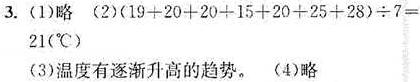
3. (1)略  (2)$(19 + 20 + 20 + 15 + 20 + 25 + 28)\div7 = 21(^{\circ}C)$  (3)温度有逐渐升高的趋势。  (4)略